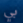
بي